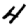
Digit: 4